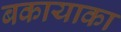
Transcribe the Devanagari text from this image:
बकायाका